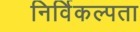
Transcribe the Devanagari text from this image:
निर्विकल्पता